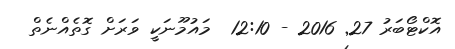
އޮކްޓޯބަރު 27